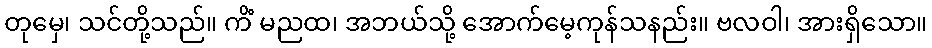
တုမှေ၊ သင်တို့သည်။ ကိံ မညထ၊ အဘယ်သို့ အောက်မေ့ကုန်သနည်း။ ဗလဝါ၊ အားရှိသော။